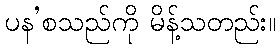
ပန’စသည်ကို မိန့်သတည်း။